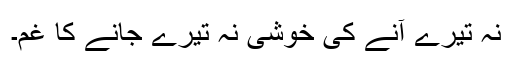
نہ تیرے آنے کی خوشی نہ تیرے جانے کا غم۔